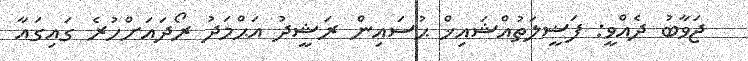
ޖަވާބު ދެއްވީ: ފަޟީލަތުއްޝައިޚް ޙުސައިން ރަޝީދު އަޙްމަދު ރޯދައަށްހުރެ ގައިގައާ